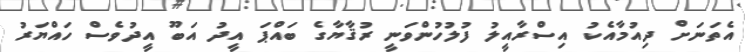
އެތަނަށް ދިއުމާއެކު އިސްރާއީލު ފުލުހުންވަނީ ރުޤާޔާގެ ބައްޕަ އީދު އަބޫ އީދުވެސް ހައްޔަރު